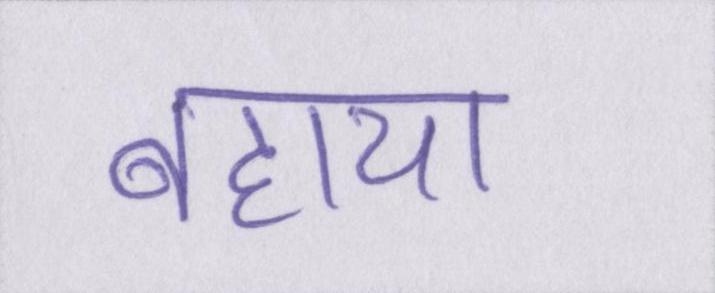
बहाया